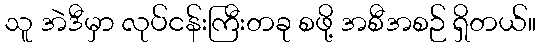
သူ အဲဒီမှာ လုပ်ငန်းကြီးတခု စဖို့ အစီအစဉ် ရှိတယ်။